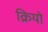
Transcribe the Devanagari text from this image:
क्रियो